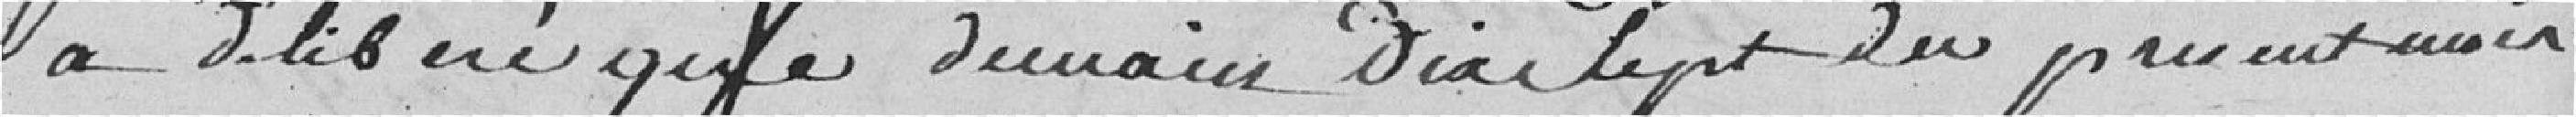
a délibéré que demain dix sept du présent avoir